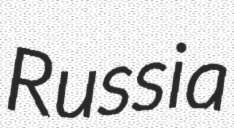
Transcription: Russia